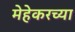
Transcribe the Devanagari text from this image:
मेहेकरच्या